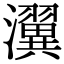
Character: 瀷